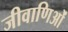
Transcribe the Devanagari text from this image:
जीवाणिओं